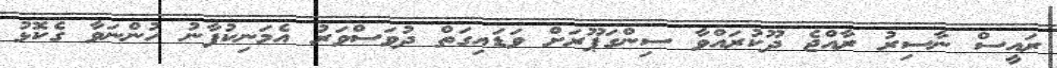
ރައީސް ނާސިރު ރާއްޖެ ދޫކުރައްވާ ސިންގަޕޫރަށް ވަޑައިގަތް ދުވަސްވަރު އެމަނިކުފާނު ހުންނަވާ ގެކޮޅު